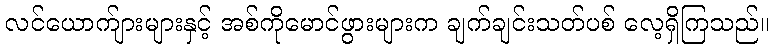
လင်ယောက်ျားများနှင့် အစ်ကိုမောင်ဖွားများက ချက်ချင်းသတ်ပစ် လေ့ရှိကြသည်။